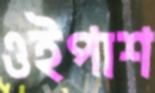
ওইপাশ